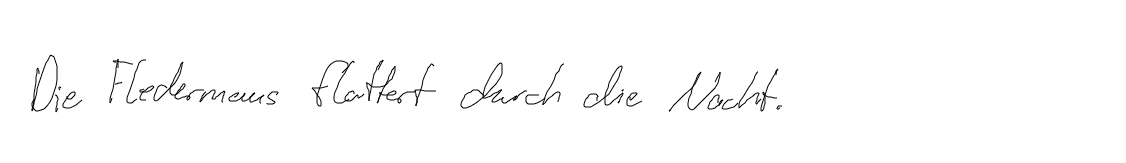
Die Fledermaus flattert durch die Nacht.